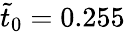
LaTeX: \tilde{t}_{0}=0.255